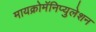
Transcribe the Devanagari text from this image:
मायक्रोमॅनिप्युलेशन